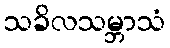
သခိလသမ္ဘာသံ